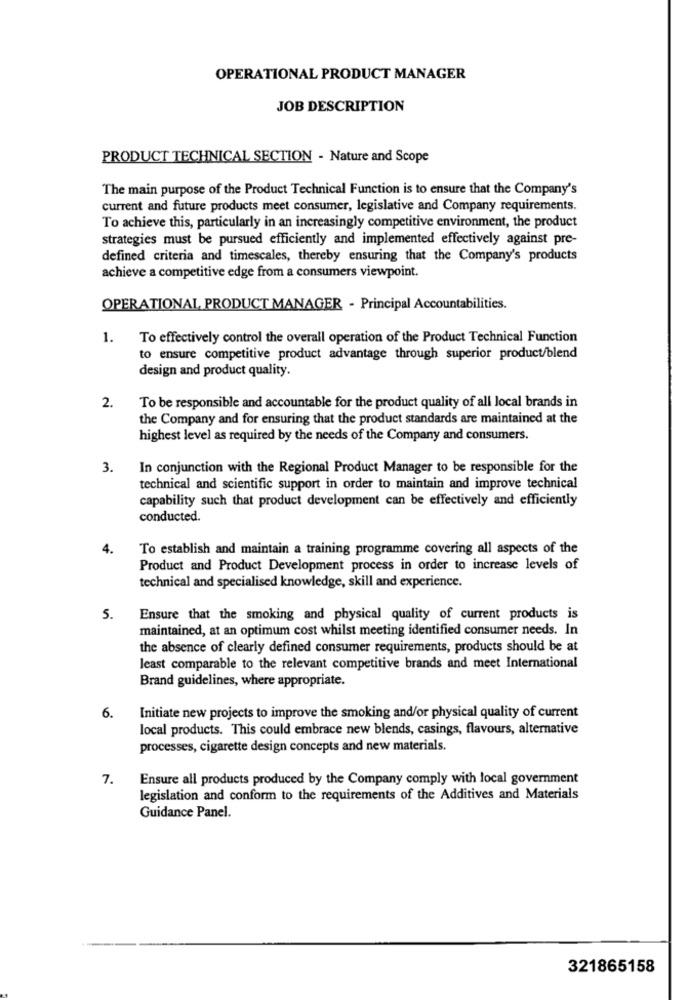
OPERATIONAL PRODUCT MANAGER
JOB DESCRIPTION
PRODUCT TECHNICAL SECTION - Nature and Scope
The main purpose of the Product Technical Function is to ensure that the Company's
current and future products meet consumer, legislative and Company requirements.
To achieve this, particularly in an increasingly competitive environment, the product
strategies must be pursued efficiently and implemented effectively against pre-
defined criteria and timescales, thereby ensuring that the Company's products
achieve a competitive edge from a consumers viewpoint.
OPERATIONAL PRODUCT MANAGER - Principal Accountabilities.
1.
To effectively control the overall operation of the Product Technical Function
to ensure competitive product advantage through superior product/blend
design and product quality.
2.
To be responsible and accountable for the product quality of all local brands in
the Company and for ensuring that the product standards are maintained at the
highest level as required by the needs of the Company and consumers.
3.
In conjunction with the Regional Product Manager to be responsible for the
technical and scientific support in order to maintain and improve technical
capability such that product development can be effectively and efficiently
conducted.
4.
To establish and maintain a training programme covering all aspects of the
Product and Product Development process in order to increase levels of
technical and specialised knowledge, skill and experience.
5.
Ensure that the smoking and physical quality of current products is
maintained, at an optimum cost whilst meeting identified consumer needs. In
the absence of clearly defined consumer requirements, products should be at
least comparable to the relevant competitive brands and meet International
Brand guidelines, where appropriate.
6.
Initiate new projects to improve the smoking and/or physical quality of current
local products. This could embrace new blends, casings, flavours, alternative
processes, cigarette design concepts and new materials.
7.
Ensure all products produced by the Company comply with local government
legislation and conform to the requirements of the Additives and Materials
Guidance Panel.
321865158